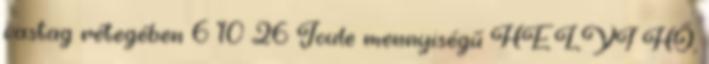
vastag rétegében 6 10 26 Joule mennyiségű HELYI HŐ,